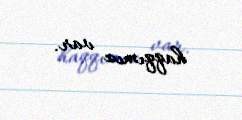
haqqımız var.